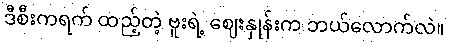
ဒီစီးကရက် ထည့်တဲ့ ဗူးရဲ့ ဈေးနှုန်းက ဘယ်လောက်လဲ။